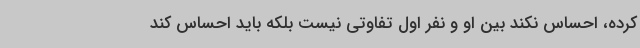
کرده، احساس نکند بین او و نفر اول تفاوتی نیست بلکه باید احساس کند